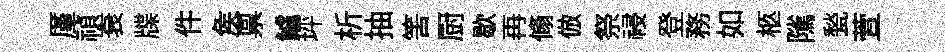
厪禎衰牒件矦禀鱸坪析抽筈厨歇再翛倣祭祲登務如柩隲甃萱